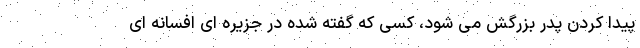
پیدا کردن پدر بزرگش می شود، کسی که گفته شده در جزیره ای افسانه ای